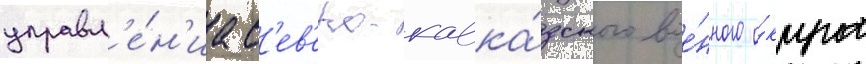
управл'е́н'иа с'ев'еро-кавка́зского вое́нного о́круга